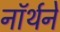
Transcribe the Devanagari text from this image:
नॉर्थने